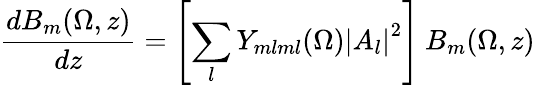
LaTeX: \frac{dB_{m}(\Omega,z)}{dz}=\left[\sum_{l}Y_{mlml}(\Omega){|A_{l}|}^{2}\right]\: B_{m}(\Omega,z)